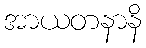
အာယတနာနိ